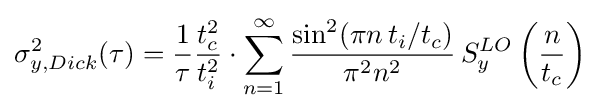
\sigma _{y,Dick}^{2}(\tau )={1 \over {\tau }}{t_{c}^{2} \over t_{i}^{2}}\cdot {\sum _{n=1}^{\infty }{{\sin ^{2}(\pi n\,t_{i}/t_{c}) \over {\pi ^{2}}n^{2}}\,S_{y}^{LO}\left({n \over t_{c}}\right)}}